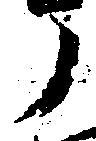
ノ